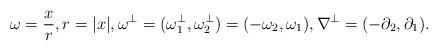
LaTeX: \begin{align*}\omega = \frac{x}{r},r = |x|,\omega^\perp= (\omega^\perp_1,\omega^\perp_2)=(-\omega_2,\omega_1),\nabla^\perp =(-\partial_2, \partial_1).\end{align*}